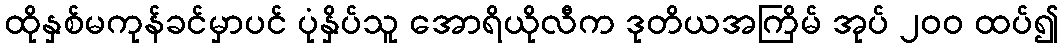
ထိုနှစ်မကုန်ခင်မှာပင် ပုံနှိပ်သူ အောရိယိုလီက ဒုတိယအကြိမ် အုပ် ၂၀၀ ထပ်၍